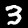
Label: 3